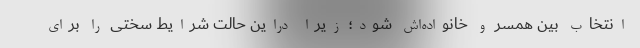
انتخاب بین همسر و خانواده‌اش شود؛ زیرا دراین حالت شرایط سختی را برای